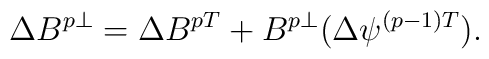
\Delta B^{p\perp}=\Delta B^{pT}+B^{p\perp}(\Delta \psi^{(p-1)T}).